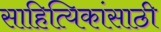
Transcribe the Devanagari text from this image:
साहित्यिकांसाठी